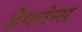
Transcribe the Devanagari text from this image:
डेफरेन्स